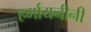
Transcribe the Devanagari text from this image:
हर्मायनीनी